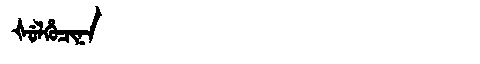
Manchu: ᡧᡠᠯᡥᡠᠴᡳᠨᠠ
Romanization: ŠULHUCINA